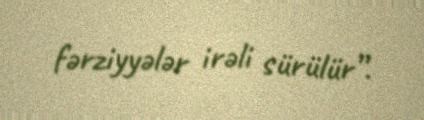
fərziyyələr irəli sürülür”.